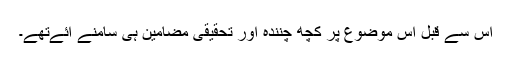
اس سے قبل اس موضوع پر کچھ چنندہ اور تحقیقی مضامین ہی سامنے آئےتھے۔